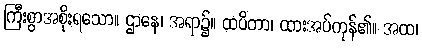
ကြီးစွာအစိုးရသော။ ဌာနေ၊ အရာ၌။ ထပိတာ၊ ထားအပ်ကုန်၏။ အထ၊